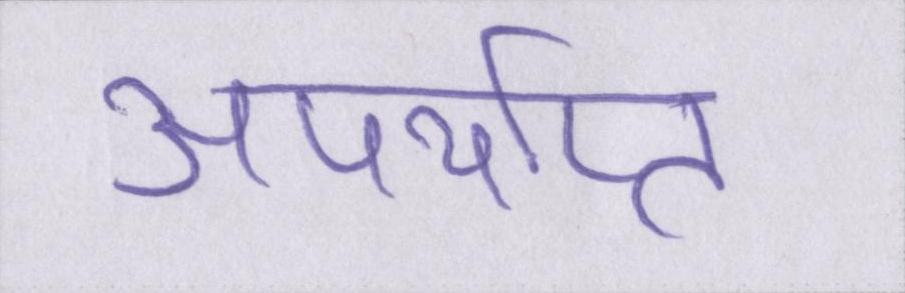
अपर्याप्त